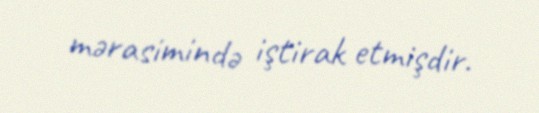
mərasimində iştirak etmişdir.